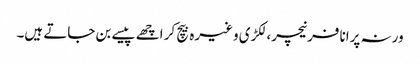
ورنہ پرانا فرنیچر، لکڑی وغیرہ بیچ کر اچھے پیسے بن جاتے ہیں۔